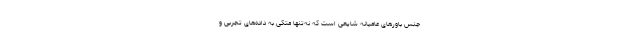
جنس باورهای عامیانهٔ شایعی است که نه‌تنها متکی به داده‌های تجربی و